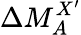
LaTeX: \Delta M_{A}^{X^{\prime}}